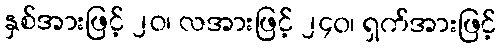
နှစ်အားဖြင့် ၂၀၊ လအားဖြင့် ၂၄၀၊ ရှက်အားဖြင့်